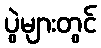
ပွဲများတွင်